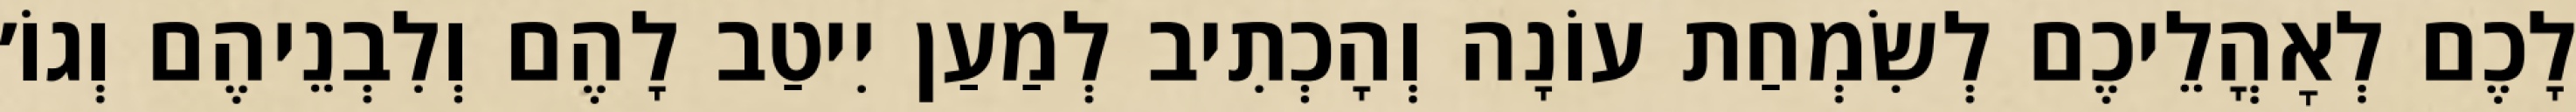
לָכֶם לְאׇהֳלֵיכֶם לְשִׂמְחַת עוֹנָה וְהָכְתִיב לְמַעַן יִיטַב לָהֶם וְלִבְנֵיהֶם וְגוֹ׳